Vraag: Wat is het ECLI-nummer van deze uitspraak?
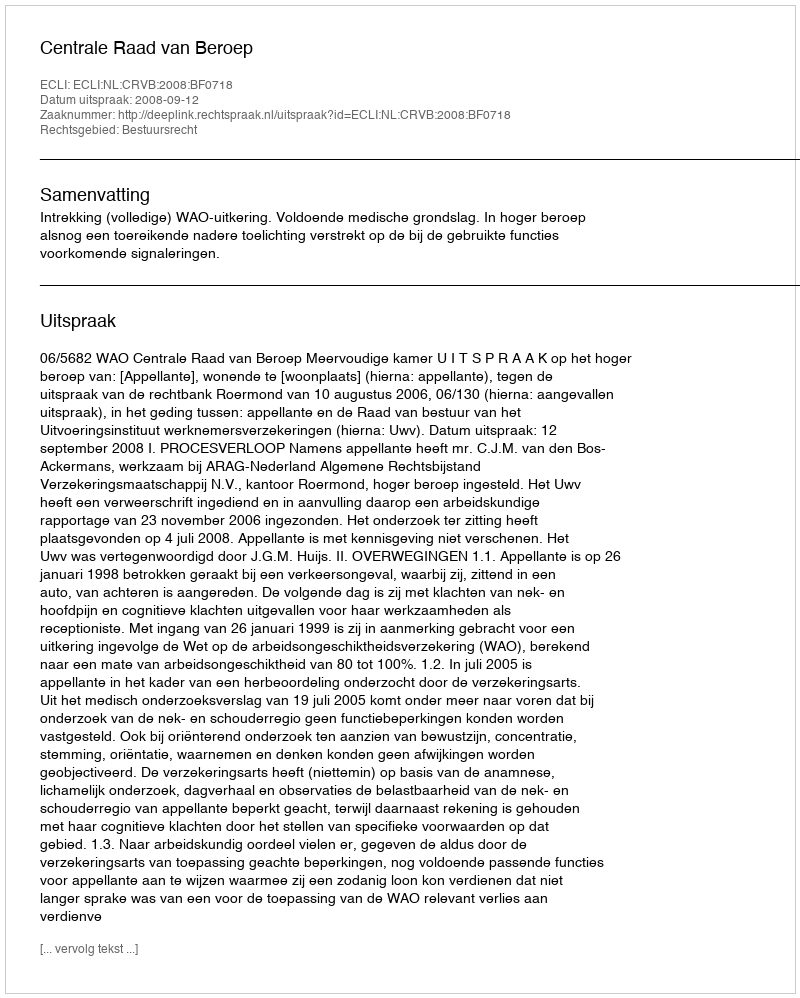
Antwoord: ECLI:NL:CRVB:2008:BF0718